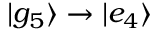
| g _ { 5 } \rangle \to | e _ { 4 } \rangle